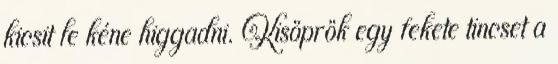
kicsit le kéne higgadni. Kisöprök egy fekete tincset a